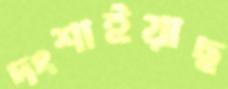
দংশাইয়াছ